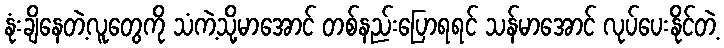
နုံးချိနေတဲ့လူတွေကို သံကဲ့သို့မာအောင် တစ်နည်းပြောရရင် သန်မာအောင် လုပ်ပေးနိုင်တဲ့